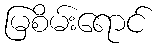
မြစိမ်းရောင်